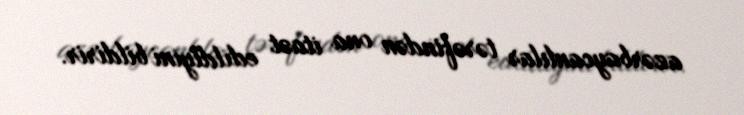
azərbaycanlılar tərəfindən ona itaət edildiyini bildirir.